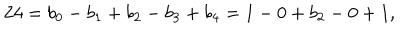
LaTeX: 2 4 = b _ { 0 } - b _ { 1 } + b _ { 2 } - b _ { 3 } + b _ { 4 } = 1 - 0 + b _ { 2 } - 0 + 1 ,